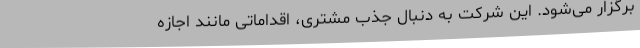
برگزار می‌شود. این شرکت به دنبال جذب مشتری، اقداماتی مانند اجازه